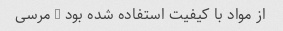
از مواد با کیفیت استفاده شده بود - مرسی